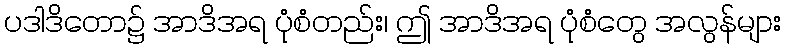
ပဒါဒိတော၌ အာဒိအရ ပုံစံတည်း၊ ဤ အာဒိအရ ပုံစံတွေ အလွန်များ